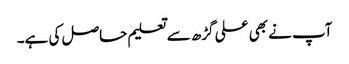
آپ نے بھی علی گڑھ سے تعلیم حاصل کی ہے۔